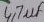
Text: 417µF